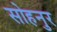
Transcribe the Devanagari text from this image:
सोहनुर